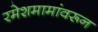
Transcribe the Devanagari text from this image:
रमेशमामांवरून